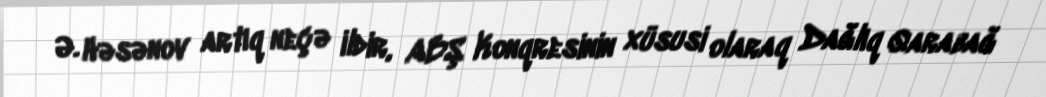
Ə. Həsənov artıq neçə ildir, ABŞ Konqresinin xüsusi olaraq Dağlıq Qarabağ